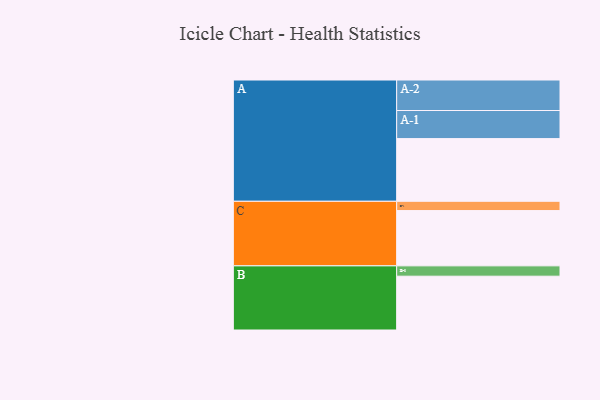
{"axis": {"x": "Segment", "y": "Value"}, "legend": ["", "A", "B", "C"], "data": [{"x": "A", "y": 600, "type": ""}, {"x": "B", "y": 515, "type": ""}, {"x": "C", "y": 529, "type": ""}, {"x": "A-1", "y": 269, "type": "A"}, {"x": "A-2", "y": 292, "type": "A"}, {"x": "B-1", "y": 99, "type": "B"}, {"x": "C-1", "y": 89, "type": "C"}]}